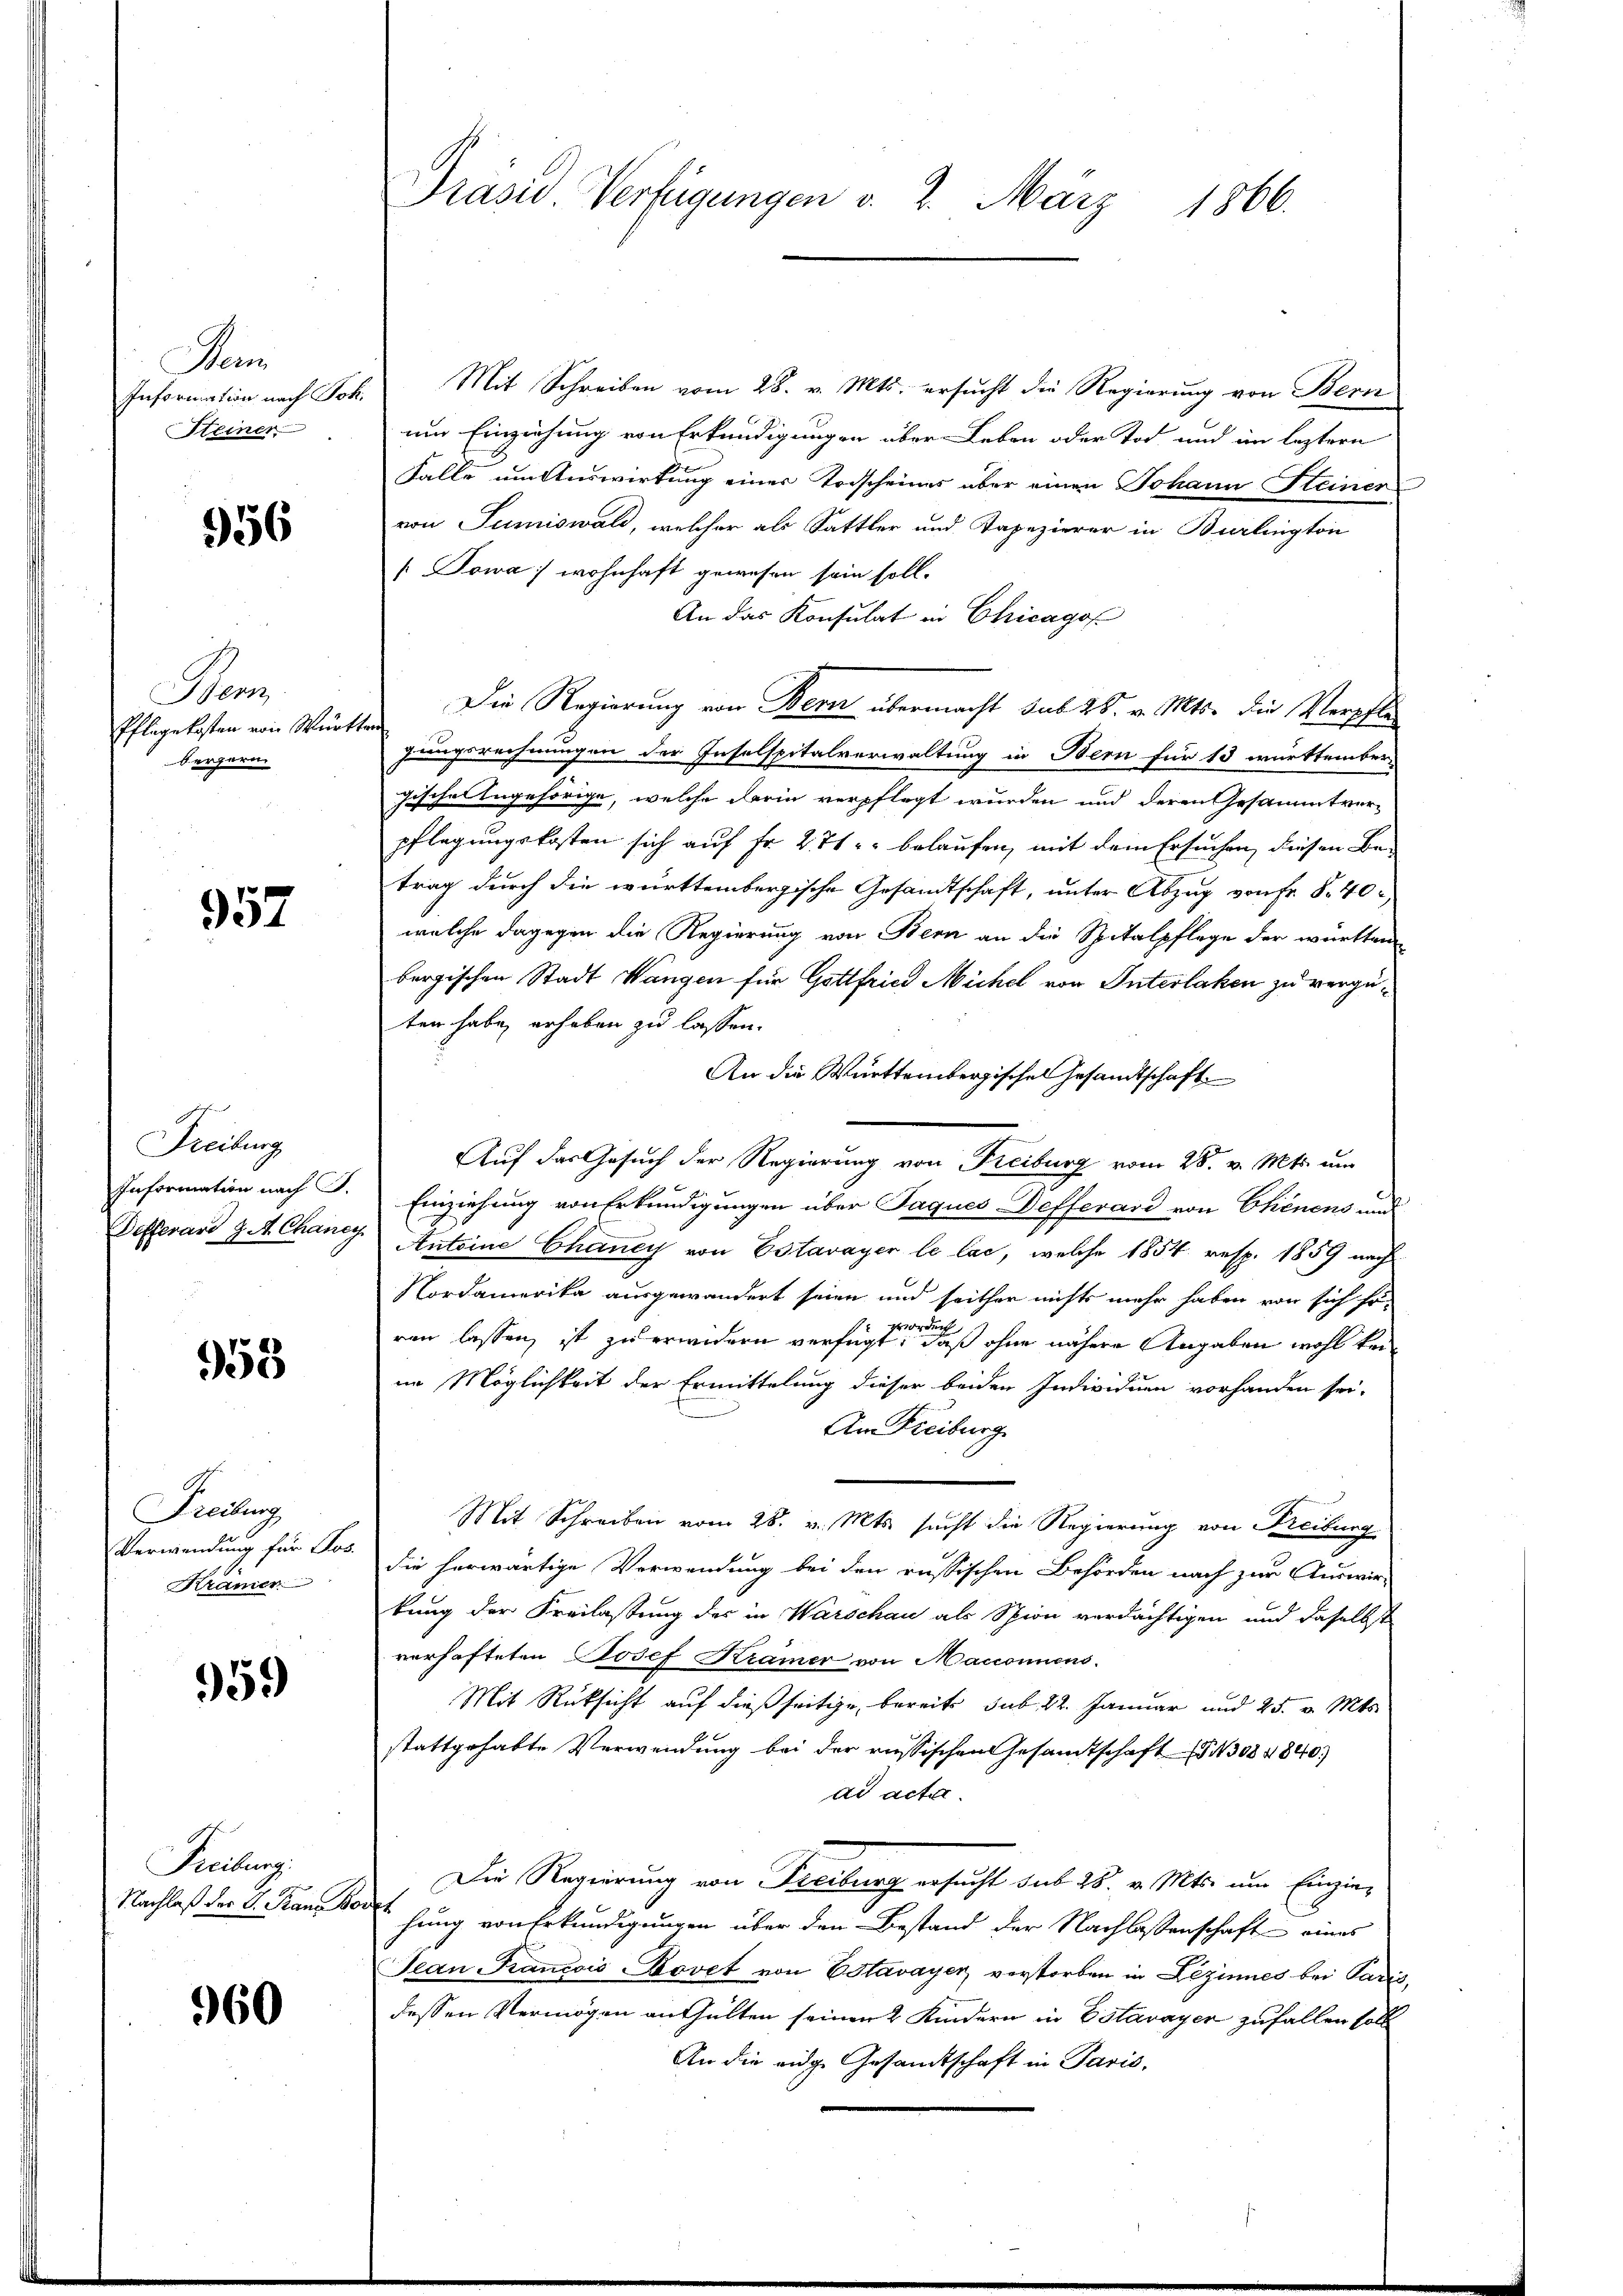
Man
Steiner

956

Hanz
Pflegekosten von Württer
bergerm

957

Freiburg

953

Fiedlung
Krämer

959

Freibung

960

Information nach Joh. Mit Schreiben vom 28. v. Mts. ersucht die Regierung von Bern
um Einziehung von Erkundigungen über Leben oder Tod und im leztern
Falle um Auswirkung einer Torscheines über einen Johann Steiner
von Tumiswald, welcher als Sattler und Tapezierer in Burlington
[Towa, wohnhaft gewesen sein soll.
An das Konsulat in Chicago
Die Regierung von Bern übermacht sub 25. v. Mts. die Verpfle
gungsrechnungen der Inselspitalverwaltung in Bern für 13 württember
gische Angehörige, welche darin verpflegt wurden und deren Gesammtverpflegungskosten sich auf Fr. 271 u. belaufen, mit dem Ersuchen, diesen Betrag durch die württembergische Gesandtschaft, unter Abzug von Fr. 8. 40
welche dagegen die Regierung von Bern an die Spitalpflege der württem
bergischen Stadt Wangen für Gottfried Michel von Interlaken zu vergüten habe erhoben zu lassen.
An die Württembergischen Gesandtschaft
Auf das Gesuch der Regierung von Freiburg vom 28. v. Mts. um
Information nach P. Einziehung von Erkundigungen über Jaques efferard von Chenens und
Detterard GA Chancy Antoine Chancy von Estavayer le lac, welche 1854 resp. 1859 nach
Nordamerika ausgewandert seien und seither nichts mehr haben von sich so-
worden
ren lassen, ist zu erwidern verfügt, daß ohne nähere Angaben wohl kei
im Möglichkeit der Ermittelung dieser beiden Individuen vorhanden sei.
Am Freiburg
Mit Schreiben vom 28. v. Mts. sucht die Regierung von Freiburg
Verwendung für Jos. die herwärtige Verwendung bei den russischen Behörden nach zur Auswirkung der Freilastung des in Warschau als Spion verdächtigen und daselbst
verhafteten Josef Kramer von Macionnens.
Mit Rücksicht auf dießseitige, bereits sub. 22. Januar und 25. v. Mts.
stattgehabte Verwendung bei der russischen Gesamtschaft 308 4840.
ad acta.
Die Regierung von Freiburg ersucht sub 28. v. Mts. um Einzie¬
Nachlaß des K. Franz der jung von Erkundigungen über den Bestand der Nachlassenschaft eines
Jean Francois Bovet von Estavayer verstorben in Lezinnes bei Paris,
dessen Vermögen enthalten seinen 2 Kindern in Estavayer zufallen soll
An die eidge Gesandtschaft in Paris.

Präsid Verfügungen v. 2. März 1866.